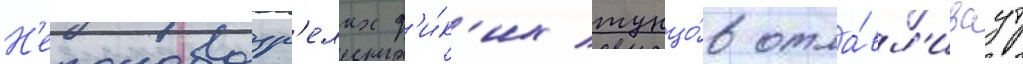
Н'еполовозр'елых д'и́к'их тунцо́в отла́вл'иваут